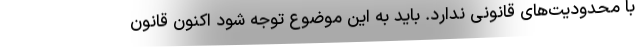
با محدودیت‌های قانونی ندارد. باید به این موضوع توجه شود اکنون قانون